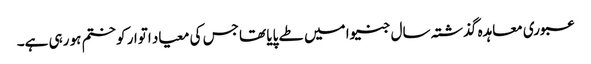
عبوری معاہدہ گذشتہ سال جنیوا میں طے پایا تھا جس کی معیاد اتوار کو ختم ہو رہی ہے۔